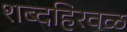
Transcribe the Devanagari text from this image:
शब्दहिरवळ